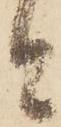
と